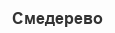
Смедерево